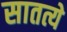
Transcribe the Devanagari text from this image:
सातत्ये